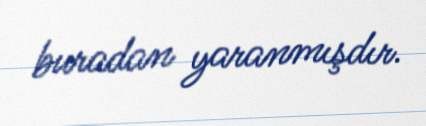
buradan yaranmışdır.